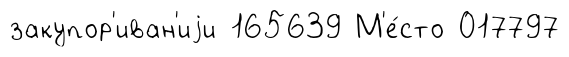
закупор'иван'иjи 165639 М'е́сто 017797